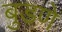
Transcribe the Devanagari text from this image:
बुडणे